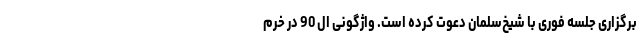
برگزاری جلسه فوری با شیخ‌سلمان دعوت کرده است. واژگونی ال 90 در خرم